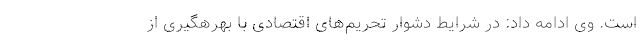
است. وی ادامه داد: در شرایط دشوار تحریم‌های اقتصادی با بهرهگیری از